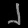
Digit: ၂